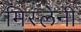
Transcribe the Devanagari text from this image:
मिस्लेनी